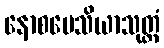
နောစမေသိယာသုတ္တံ